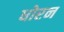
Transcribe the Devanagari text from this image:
धोरन